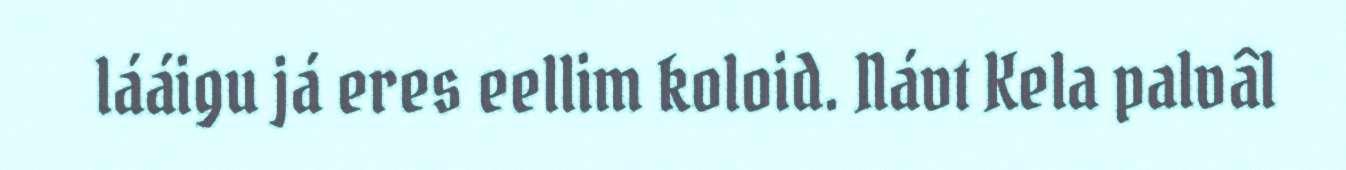
lááigu já eres eellim koloid. Návt Kela palvâl